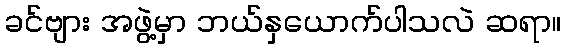
ခင်ဗျား အဖွဲ့မှာ ဘယ်နှယောက်ပါသလဲ ဆရာ။